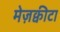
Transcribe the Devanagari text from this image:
मेज़क्वीटा